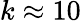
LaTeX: k\approx 10